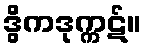
ဒွိကဒုက္ကဋ်။